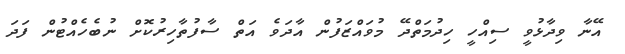
އޭނާ ވިދާޅުވީ ސިއްހީ ހިދުމަތްދޭ މުވައްޒަފުން އާދަވެ އަތް ސާފުތާހިރުކޮށް ނުބެހެއްޓުން ފަދަ